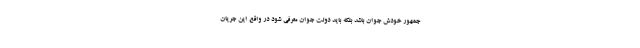
جمهور خودش جوان باشد بلکه باید دولت جوان معرفی شود در واقع این جریان